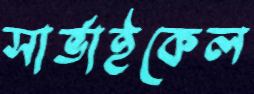
সার্ভাইকেল